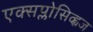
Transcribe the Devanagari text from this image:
एक्सप्लोसिव्ह्वज